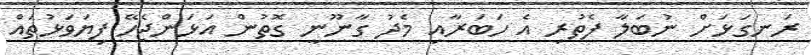
ރަނގަޅަށް ނުބަލާ ފެތުރި އެ ހަބަރާއި މެދު ގާނޫނީ ގޮތުން އަޅަންޖެހޭ ފިޔަވަޅުތައް